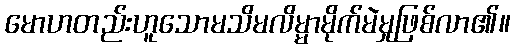
မောဟတည်းဟူသောမသိမလိမ္မာမိုက်မဲမှုဖြစ်လာ၏။